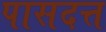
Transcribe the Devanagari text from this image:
पासदत्त